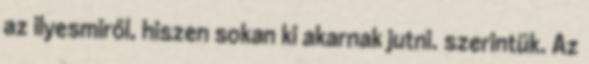
az ilyesmiről, hiszen sokan ki akarnak jutni. szerintük. Az